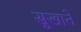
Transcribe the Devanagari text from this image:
सूखाते